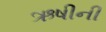
ઋષીની